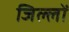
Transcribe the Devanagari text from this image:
जिल्लों